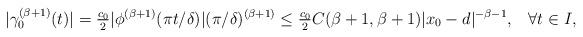
LaTeX: \begin{align*} |\gamma_0^{(\beta+1)}(t)| = \tfrac{c_0}{2} |\phi^{(\beta+1)}(\pi t/\delta)| (\pi/\delta)^{(\beta+1)} \leq \tfrac{c_0}{2} C(\beta+1,\beta+1) |x_0-d|^{-\beta-1}, \;\;\;\forall t\in I,\end{align*}